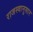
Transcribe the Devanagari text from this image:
राजस्वानुसार